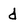
Character: d